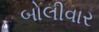
બોલીવાર